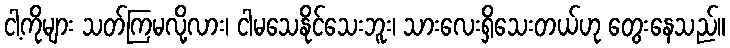
ငါ့ကိုများ သတ်ကြမလို့လား၊ ငါမသေနိုင်သေးဘူး၊ သားလေးရှိသေးတယ်ဟု တွေးနေသည်။